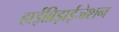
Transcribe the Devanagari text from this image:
हाईब्रिड़ाईजेशन